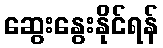
ဆွေးနွေးနိုင်ရန်